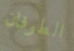
الطوفان